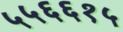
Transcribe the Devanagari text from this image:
५५६६१५